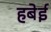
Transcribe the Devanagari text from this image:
हबेई